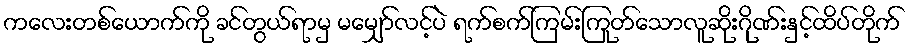
ကလေးတစ်ယောက်ကို ခင်တွယ်ရာမှ မမျှော်လင့်ပဲ ရက်စက်ကြမ်းကြုတ်သောလူဆိုးဂိုဏ်းနှင့်ထိပ်တိုက်